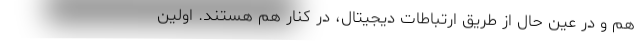
هم و در عین حال از طریق ارتباطات دیجیتال، در کنار هم هستند. اولین